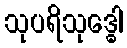
သုပရိသုဒ္ဓေါ